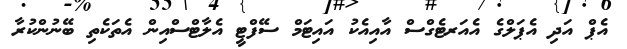
އެޕް އަދި އެޕަލްގެ އެއަރޓެގްސް އާއިއެކު އައިޓަމް ސޭފްޓީ އެލާޓްސްއިން އެތަކެތި ބޭނުންކުރާ